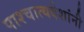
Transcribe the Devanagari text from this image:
पाश्चात्यदेशांनी